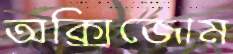
অক্সিজোম